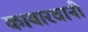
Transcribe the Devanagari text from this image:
कायारवानी